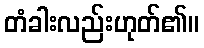
တံခါးလည်းဟုတ်၏။